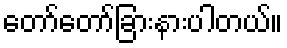
တော်တော်ခြားနားပါတယ်။